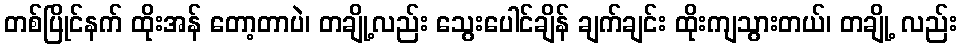
တစ်ပြိုင်နက် ထိုးအန် တော့တာပဲ၊ တချို့လည်း သွေးပေါင်ချိန် ချက်ချင်း ထိုးကျသွားတယ်၊ တချို့ လည်း